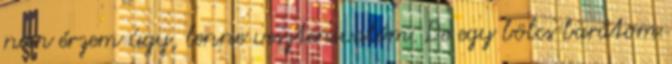
nem érzem úgy, lenne vesztenivalóm. De egy bölcs barátom